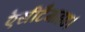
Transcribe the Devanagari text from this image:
ऐसीटैमाइड।